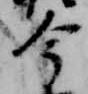
今